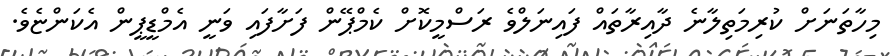
މިހާތަނަށް ކުރިމަތިލާނެ ދާއިރާތައް ފައިނަލްވެ ރަސްމީކޮށް ކެމްޕޭން ފަށާފައި ވަނީ އެމްޑީޕީން އެކަންޏެވެ.